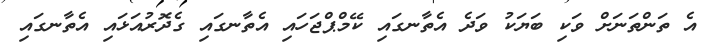
އެ ތަންތަނަށް ވަކި ބަޔަކު ވަދެ އެތާނގައި ކޭމްޕްޖަހައި އެތާނގައި ގެދޮރުއަޅައި އެތާނގައި